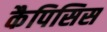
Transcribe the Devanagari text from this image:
कैपिसिस